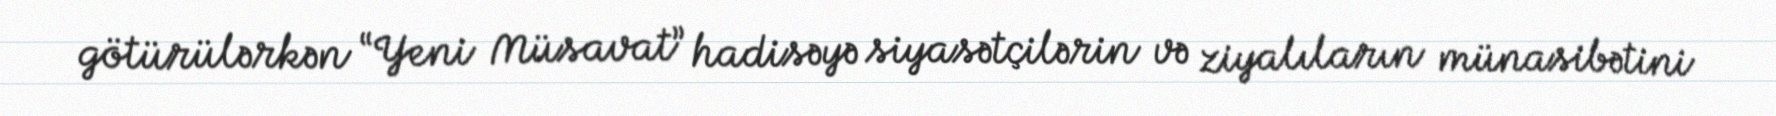
götürülərkən “Yeni Müsavat” hadisəyə siyasətçilərin və ziyalıların münasibətini